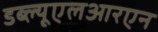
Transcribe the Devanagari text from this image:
डब्ल्यूएलआरएन